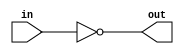
module ComplementA(
input [31:0] in,
output [31:0] out
);
    assign out = ~in;
endmodule